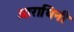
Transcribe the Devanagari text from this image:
आराधिनी